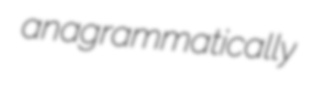
anagrammatically